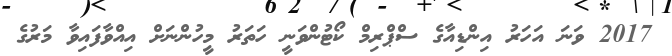
2017 ވަނަ އަހަރު އިންޑިއާގެ ސްޕްރިމް ކޯޓުންވަނީ ހަތަރު މީހުންނަށް އިއްވާފައިވާ މަރުގެ